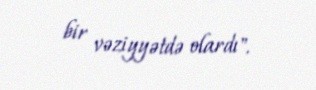
bir vəziyyətdə olardı".